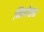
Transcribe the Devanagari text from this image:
निकोचक